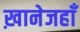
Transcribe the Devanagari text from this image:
ख़ानेजहाँ